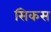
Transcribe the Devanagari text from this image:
सिकस